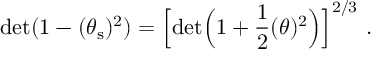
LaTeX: \mathrm { d e t } ( 1 - ( \theta _ { \mathrm { s } } ) ^ { 2 } ) = \Big [ \mathrm { d e t } \Big ( 1 + \frac { 1 } { 2 } ( \theta ) ^ { 2 } \Big ) \Big ] ^ { 2 / 3 } \ .